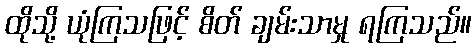
ထိုသို့ ယုံကြသဖြင့် စိတ် ချမ်းသာမှု ရကြသည်။